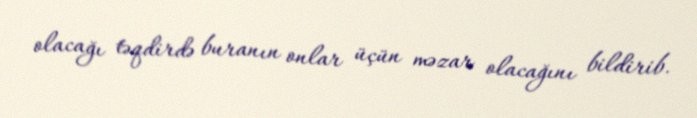
olacağı təqdirdə buranın onlar üçün məzar olacağını bildirib.